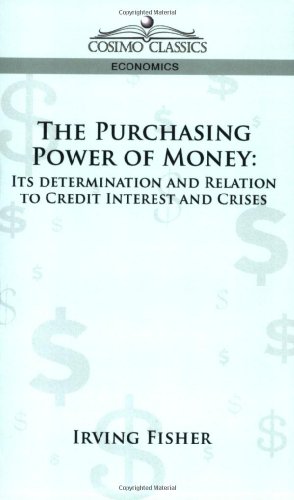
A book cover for The Purchasing Power of Money: Its Determination and Relation to Credit Interest and Crises; Irving Fisher; Business & Money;